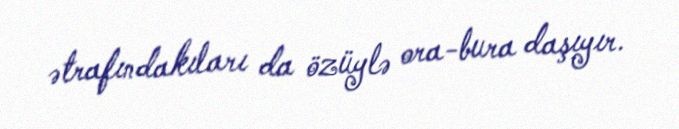
ətrafındakıları da özüylə ora-bura daşıyır.